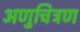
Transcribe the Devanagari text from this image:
अणुचित्रण